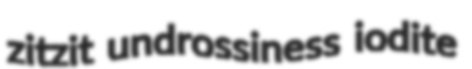
zitzit undrossiness iodite